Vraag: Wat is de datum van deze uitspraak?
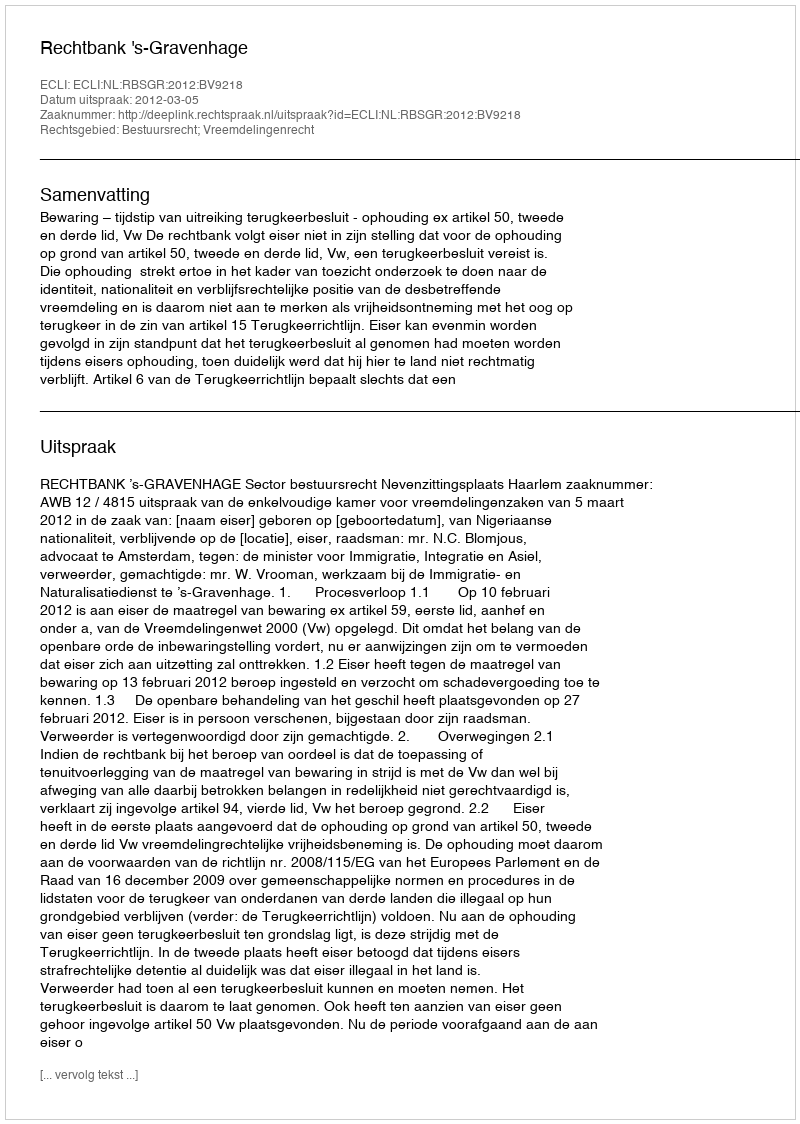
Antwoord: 2012-03-05